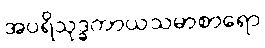
အပရိသုဒ္ဓကာယသမာစာရော